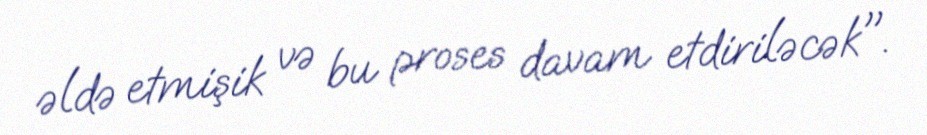
əldə etmişik və bu proses davam etdiriləcək".